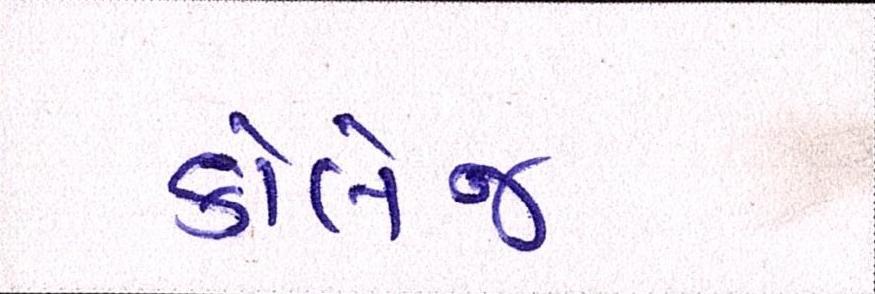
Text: કોલેજ